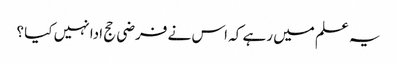
یہ علم میں رہے کہ اس نے فرضی حج ادا نہیں کیا ؟